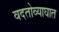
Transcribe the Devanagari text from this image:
वदतोव्याघात